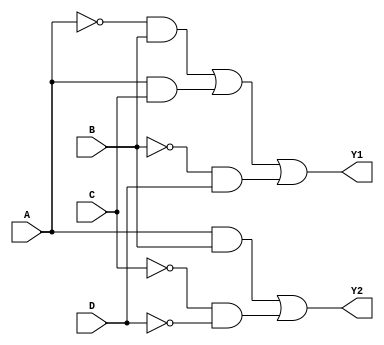
module combinational_logic_block (
    input wire A,      // Input A
    input wire B,      // Input B
    input wire C,      // Input C
    input wire D,      // Input D
    output wire Y1,    // Output Y1
    output wire Y2     // Output Y2
);

// Intermediate signals for simplification and clarity
wire A_not, B_not, C_not, D_not;
wire term1, term2, term3, term4, term5;

// Generate NOT signals for inputs
not (A_not, A);
not (B_not, B);
not (C_not, C);
not (D_not, D);

// Implementing Y1 = A'B + AC + B'D
assign term1 = A_not & B;        // A'B
assign term2 = A & C;            // AC
assign term3 = B_not & D;        // B'D
assign Y1 = term1 | term2 | term3; // Final output Y1

// Implementing Y2 = AB + C'D'
assign term4 = A & B;            // AB
assign term5 = C_not & D_not;    // C'D'
assign Y2 = term4 | term5;       // Final output Y2

endmodule